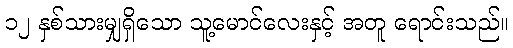
၁၂ နှစ်သားမျှရှိသော သူ့မောင်လေးနှင့် အတူ ရောင်းသည်။